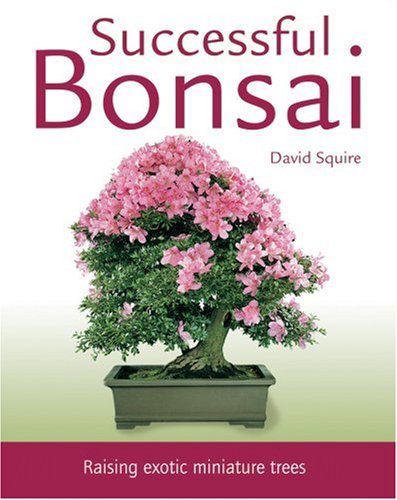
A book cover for Successful Bonsai: Raising Exotic Miniature Trees; David Squire; Crafts, Hobbies & Home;